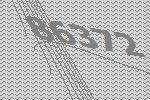
86372